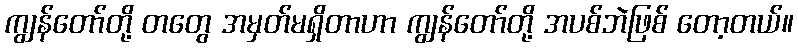
ကျွန်တော်တို့ တတွေ အမှတ်မရှိတာဟာ ကျွန်တော်တို့ အပစ်ဘဲဖြစ် တော့တယ်။